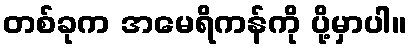
တစ်ခုက အမေရိကန်ကို ပို့မှာပါ။